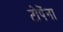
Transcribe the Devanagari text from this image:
टोपेंना